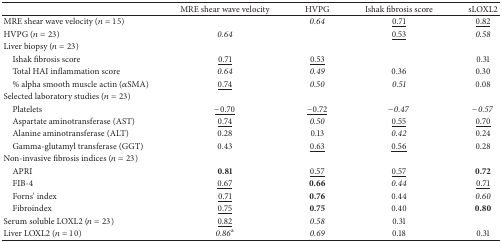
<table><thead><tr><td><b> </b></td><td><b>MRE shear wave velocity</b></td><td><b>HVPG</b></td><td><b>Ishak fibrosis score</b></td><td><b>sLOXL2</b></td></tr></thead><tbody><tr><td>MRE shear wave velocity (<i>n</i> = 15)</td><td> </td><td><i>0.64</i></td><td><underline>0.71</underline></td><td><underline>0.82</underline></td></tr><tr><td>HVPG (<i>n</i> = 23)</td><td><i>0.64</i></td><td> </td><td><underline>0.53</underline></td><td><i>0.58</i></td></tr><tr><td>Liver biopsy (<i>n</i> = 23)</td><td> </td><td> </td><td> </td><td> </td></tr><tr><td> Ishak fibrosis score</td><td><underline>0.71</underline></td><td><underline>0.53</underline></td><td> </td><td>0.31</td></tr><tr><td> Total HAI inflammation score</td><td><i>0.64</i></td><td><i>0.49</i></td><td>0.36</td><td>0.30</td></tr><tr><td> % alpha smooth muscle actin (<i>α</i>SMA)</td><td><underline>0.74</underline></td><td><i>0.50</i></td><td><i>0.51</i></td><td>0.08</td></tr><tr><td>Selected laboratory studies (<i>n</i> = 23)</td><td> </td><td> </td><td> </td><td> </td></tr><tr><td> Platelets</td><td><underline>−0.70</underline></td><td><underline>−0.72</underline></td><td><i>−0.47</i></td><td><i>−0.57</i></td></tr><tr><td> Aspartate aminotransferase (AST)</td><td><underline>0.74</underline></td><td><i>0.50</i></td><td><underline>0.55</underline></td><td><underline>0.70</underline></td></tr><tr><td> Alanine aminotransferase (ALT)</td><td>0.28</td><td>0.13</td><td><i>0.42</i></td><td>0.24</td></tr><tr><td> Gamma-glutamyl transferase (GGT)</td><td>0.43</td><td><underline>0.63</underline></td><td><underline>0.56</underline></td><td>0.28</td></tr><tr><td>Non-invasive fibrosis indices (<i>n</i> = 23)</td><td> </td><td> </td><td> </td><td> </td></tr><tr><td> APRI</td><td><b>0.81</b></td><td><underline>0.57</underline></td><td><underline>0.57</underline></td><td><b>0.72</b></td></tr><tr><td> FIB-4</td><td><underline>0.67</underline></td><td><b>0.66</b></td><td><i>0.44</i></td><td><underline>0.71</underline></td></tr><tr><td> Forns&#x27; index</td><td><underline>0.71</underline></td><td><b>0.76</b></td><td>0.44</td><td><i>0.60</i></td></tr><tr><td> Fibroindex</td><td><underline>0.75</underline></td><td><b>0.75</b></td><td>0.40</td><td><b>0.80</b></td></tr><tr><td>Serum soluble LOXL2 (<i>n</i> = 23)</td><td><underline>0.82</underline></td><td><i>0.58</i></td><td>0.31</td><td> </td></tr><tr><td>Liver LOXL2 (<i>n</i> = 10)</td><td><i>0.86</i><sup>a</sup></td><td><i>0.69</i></td><td>0.18</td><td>0.31</td></tr></tbody></table>